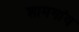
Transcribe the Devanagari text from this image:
शामगांव